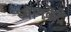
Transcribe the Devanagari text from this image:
ध्यानकेंद्रे